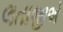
લતાજીએ